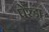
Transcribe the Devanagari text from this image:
पेरडा